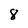
Character: 8